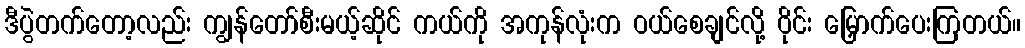
ဒီပွဲတက်တော့လည်း ကျွန်တော်စီးမယ့်ဆိုင် ကယ်ကို အကုန်လုံးက ဝယ်စေချင်လို့ ဝိုင်း မြှောက်ပေးကြတယ်။